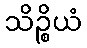
သိဉ္စိယံ